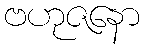
ဗဟုဇနော